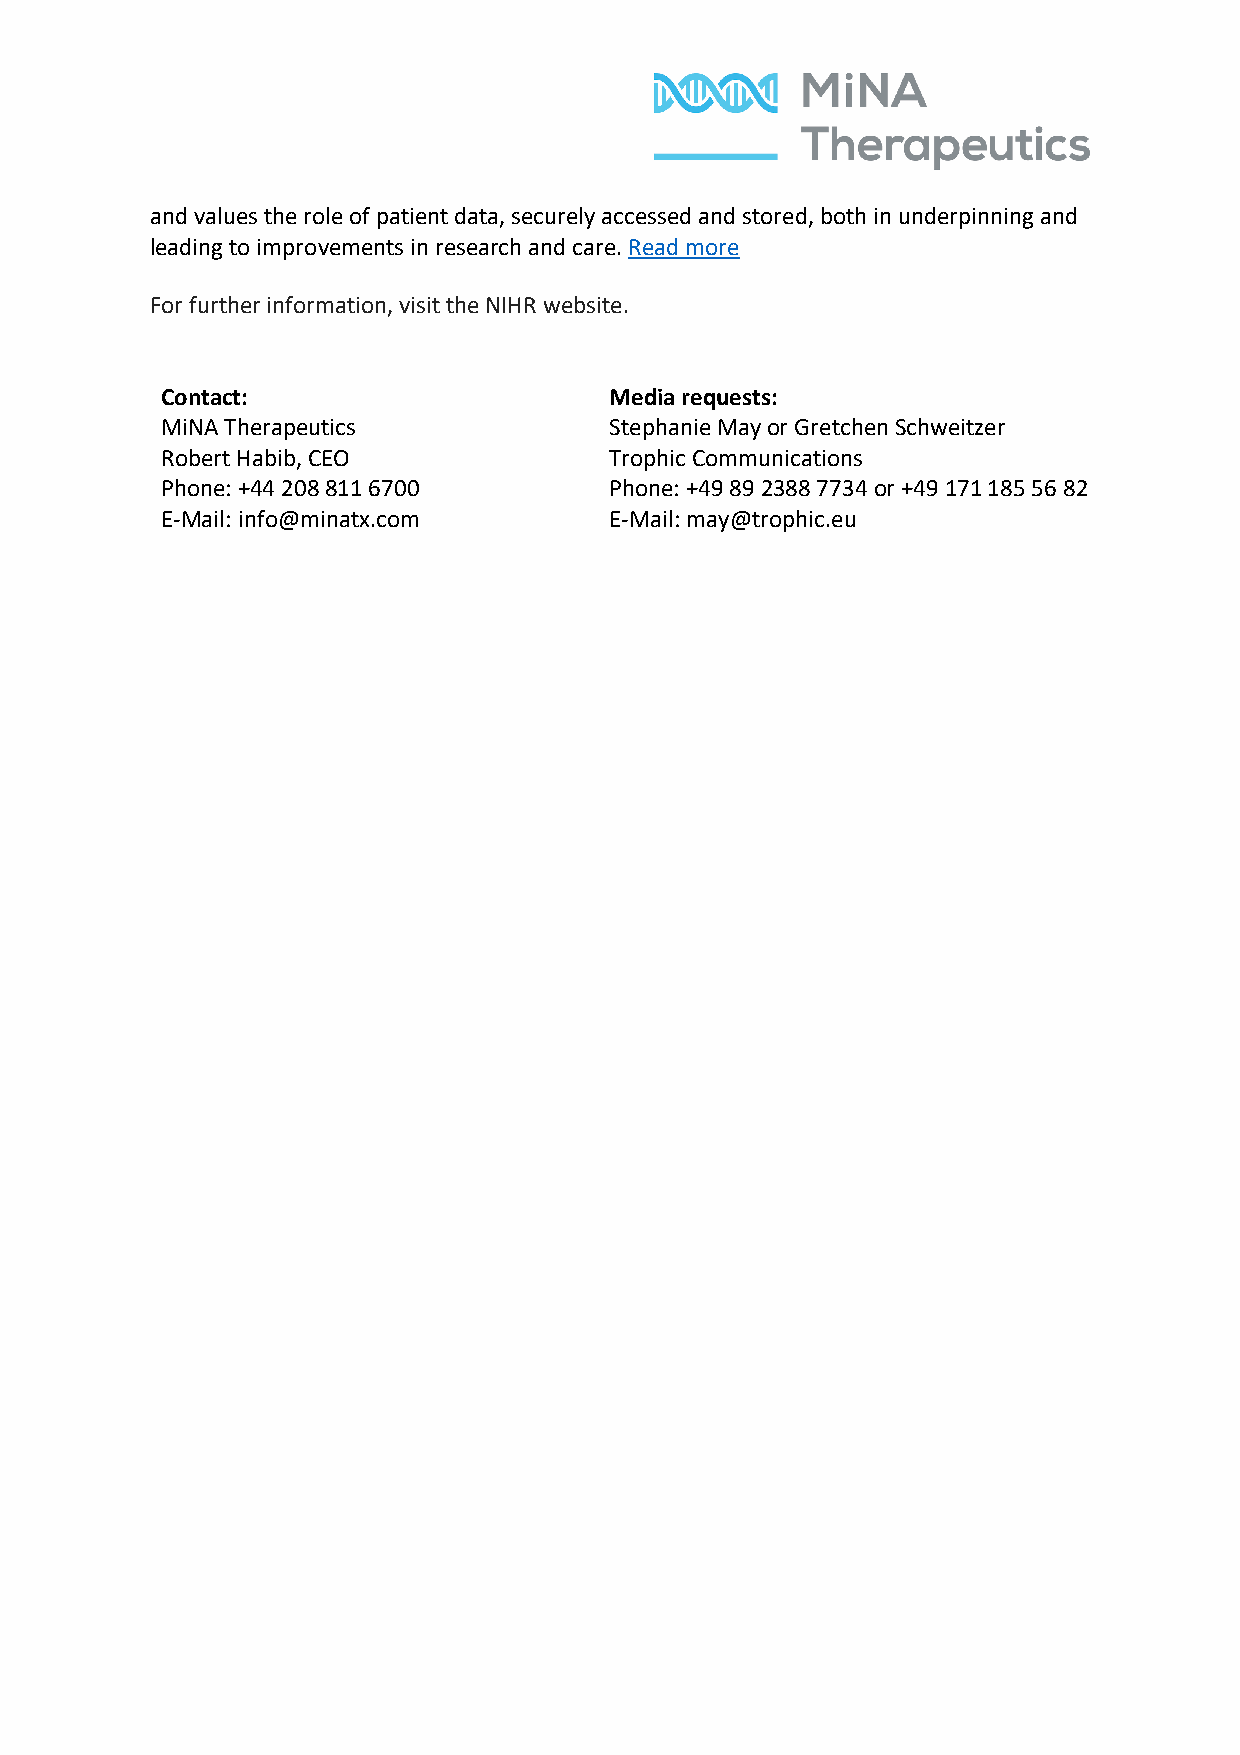
and values the role of patient data, securely accessed and stored, both in underpinning and
 leading to improvements in research and care. Read more
 For further information, visit the NIHR website.
 Contact:                     Media requests:
 MiNA Therapeutics            Stephanie May or Gretchen Schweitzer
 Robert Habib, CEO            Trophic Communications
 Phone: +44 208 811 6700      Phone: +49 89 2388 7734 or +49 171 185 56 82
 E-Mail: info@minatx.com      E-Mail: may@trophic.eu